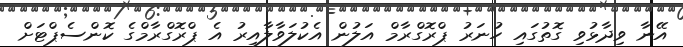
އޭނާ ވިދާޅުވި ގޮތުގައި ހުނަރު ޕްރޮގްރާމް އަލުން އެކުލަވާލާއިރު އެ ޕްރޮގްރާމްގެ ކޮންސެޕްޓަށް